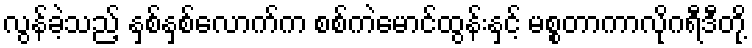
လွန်ခဲ့သည့် နှစ်နှစ်လောက်က စစ်ကဲမောင်ထွန်းနှင့် မစ္စတာကာလိုဂရီဒီတို့